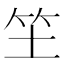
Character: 𥫦